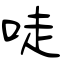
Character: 唗